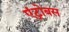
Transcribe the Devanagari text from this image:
एंट्रोबस